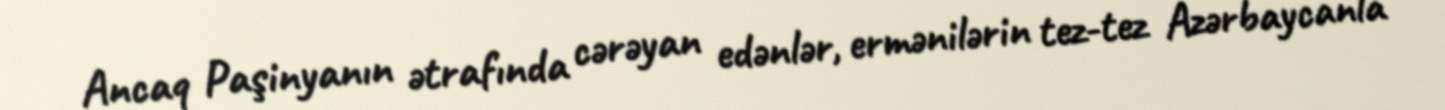
Ancaq Paşinyanın ətrafında cərəyan edənlər, ermənilərin tez-tez Azərbaycanla